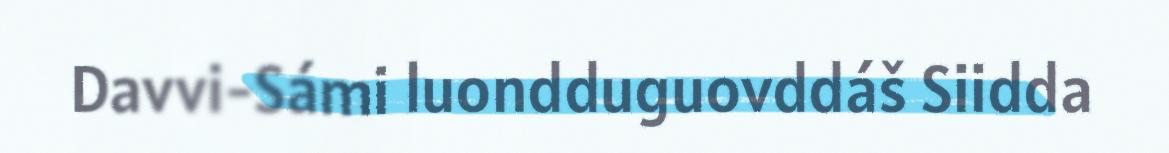
Davvi-Sámi luondduguovddáš Siidda